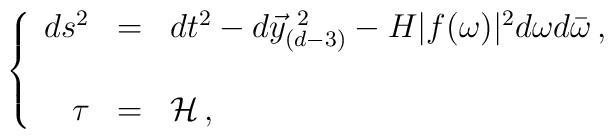
\left\{ \begin{array}{rcl}ds^{2} & = & dt^{2}-d\vec{y}_{(d-3)}^{\ 2} -H|f(\omega)|^{2}d\omega d\bar{\omega}\, ,\\& & \\\tau & = & {\cal H}\, ,\\\end{array}\right.